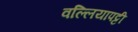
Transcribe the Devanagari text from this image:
वल्लियापट्टी